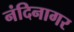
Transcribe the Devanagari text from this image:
नंदिनागर